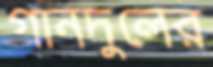
গানদুলের